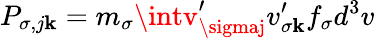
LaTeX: P_{\sigma,j\mathbf{k}}=m_{\sigma}\intv_{\sigmaj}^{\prime}v_{\sigma\mathbf{k}}^{\prime}f_{\sigma}d^{3}v